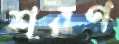
শরণ